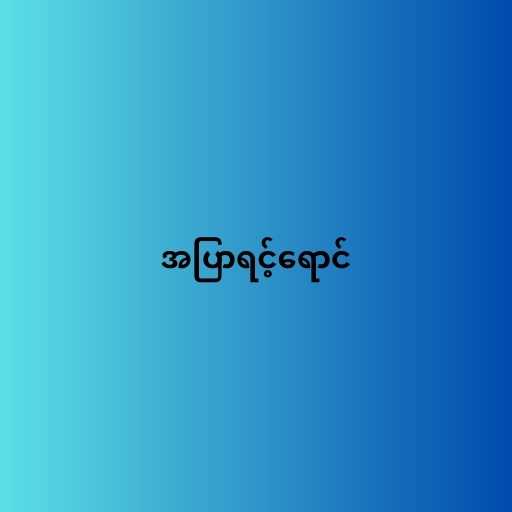
အပြာရင့်ရောင်